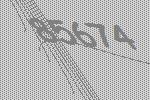
85674